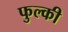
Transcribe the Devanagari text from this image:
फुल्‍की